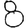
Digit: 8